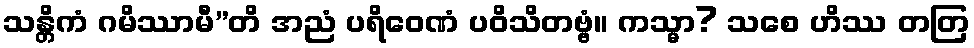
သန္တိကံ ဂမိဿာမီ”တိ အညံ ပရိဝေဏံ ပဝိသိတဗ္ဗံ။ ကသ္မာ? သစေ ဟိဿ တတြ